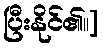
ပြီးနိုင်၏။]